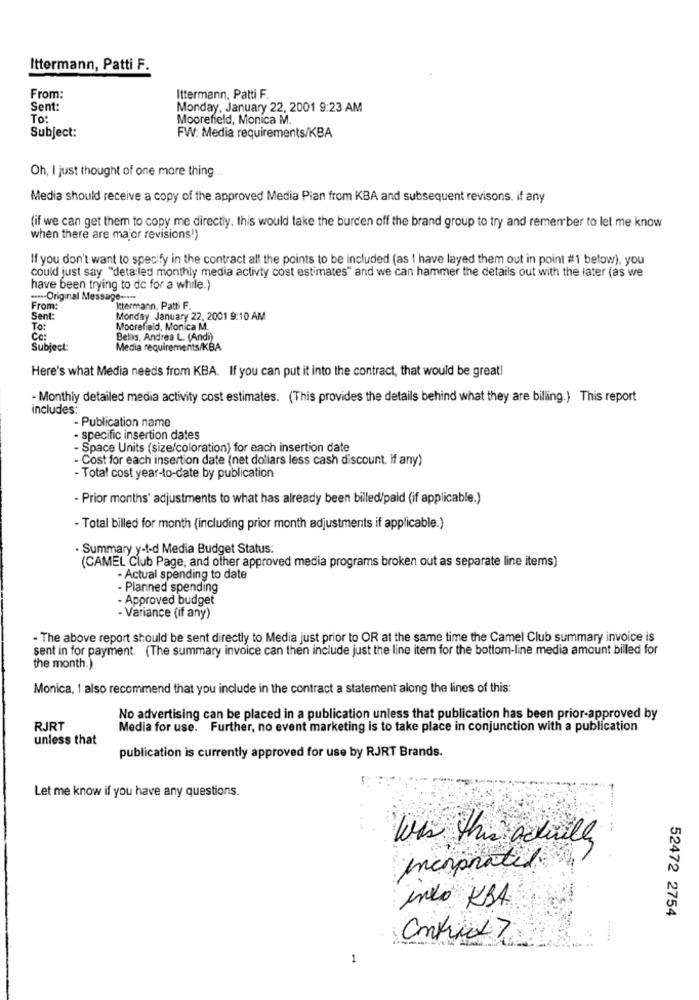
Ittermann, Patti F.
From:
Ittermann, Patti F.
Sent:
Monday, January 22, 2001 9:23 AM
To:
Moorefield, Monica M.
Subject:
FW: Media requirements/KBA
Oh, I just thought of one more thing.
Media should receive a copy of the approved Media Pian from KBA and subsequent revisons. if any
(if we can get them to copy me directly. this would take the burden off the brand group to try and remember to let me know
when there are major revisions!)
If you don't want to specify in the contract all the points to be included (as I have layed them out in point #1 below), you
could just say "deta:led monthly media activty cost estimates" and we can hammer the details out with the later (as we
have been trying to do for a while.)
--- Original Message --...
From:
Ittermann, Patti F.
Sent:
Monday, January 22, 2001 9:10 AM
To:
Moorefield, Monica M.
Co:
Bellis, Andrea L. (Andi)
Subject:
Media requirements/KBA
Here's what Media needs from KBA. If you can put it into the contract, that would be great!
- Monthly detailed media activity cost estimates. (This provides the details behind what they are billing.} This report
includes:
- Publication name
- specific insertion dates
- Space Units (size/coloration) for each insertion date
- Cost for each insertion date (net dollars less cash discount. If any)
- Total cost year-to-date by publication
- Prior months' adjustments to what has already been billed/paid (if applicable.)
- Total billed for month (including prior month adjustments if applicable.)
· Summary y-t-d Media Budget Status:
(CAMEL Club Page, and other approved media programs broken out as separate line items)
- Actual spending to date
- Planned spending
- Approved budget
- Variance (if any)
- The above report should be sent directly to Media just prior to OR at the same time the Camel Club summary invoice is
sent in for payment. (The summary invoice can then include just the line item for the bottom-line media amount billed for
the month.)
Monica, 1 also recommend that you include in the contract a statement along the lines of this:
No advertising can be placed in a publication unless that publication has been prior-approved by
RJRT
Media for use. Further, no event marketing is to take place in conjunction with a publication
unless that
publication is currently approved for use by RJRT Brands.
Let me know if you have any questions.
Was this actually
incorporated
into KBA
52472 2754
1